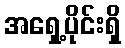
အရှေ့ပိုင်းရှိ